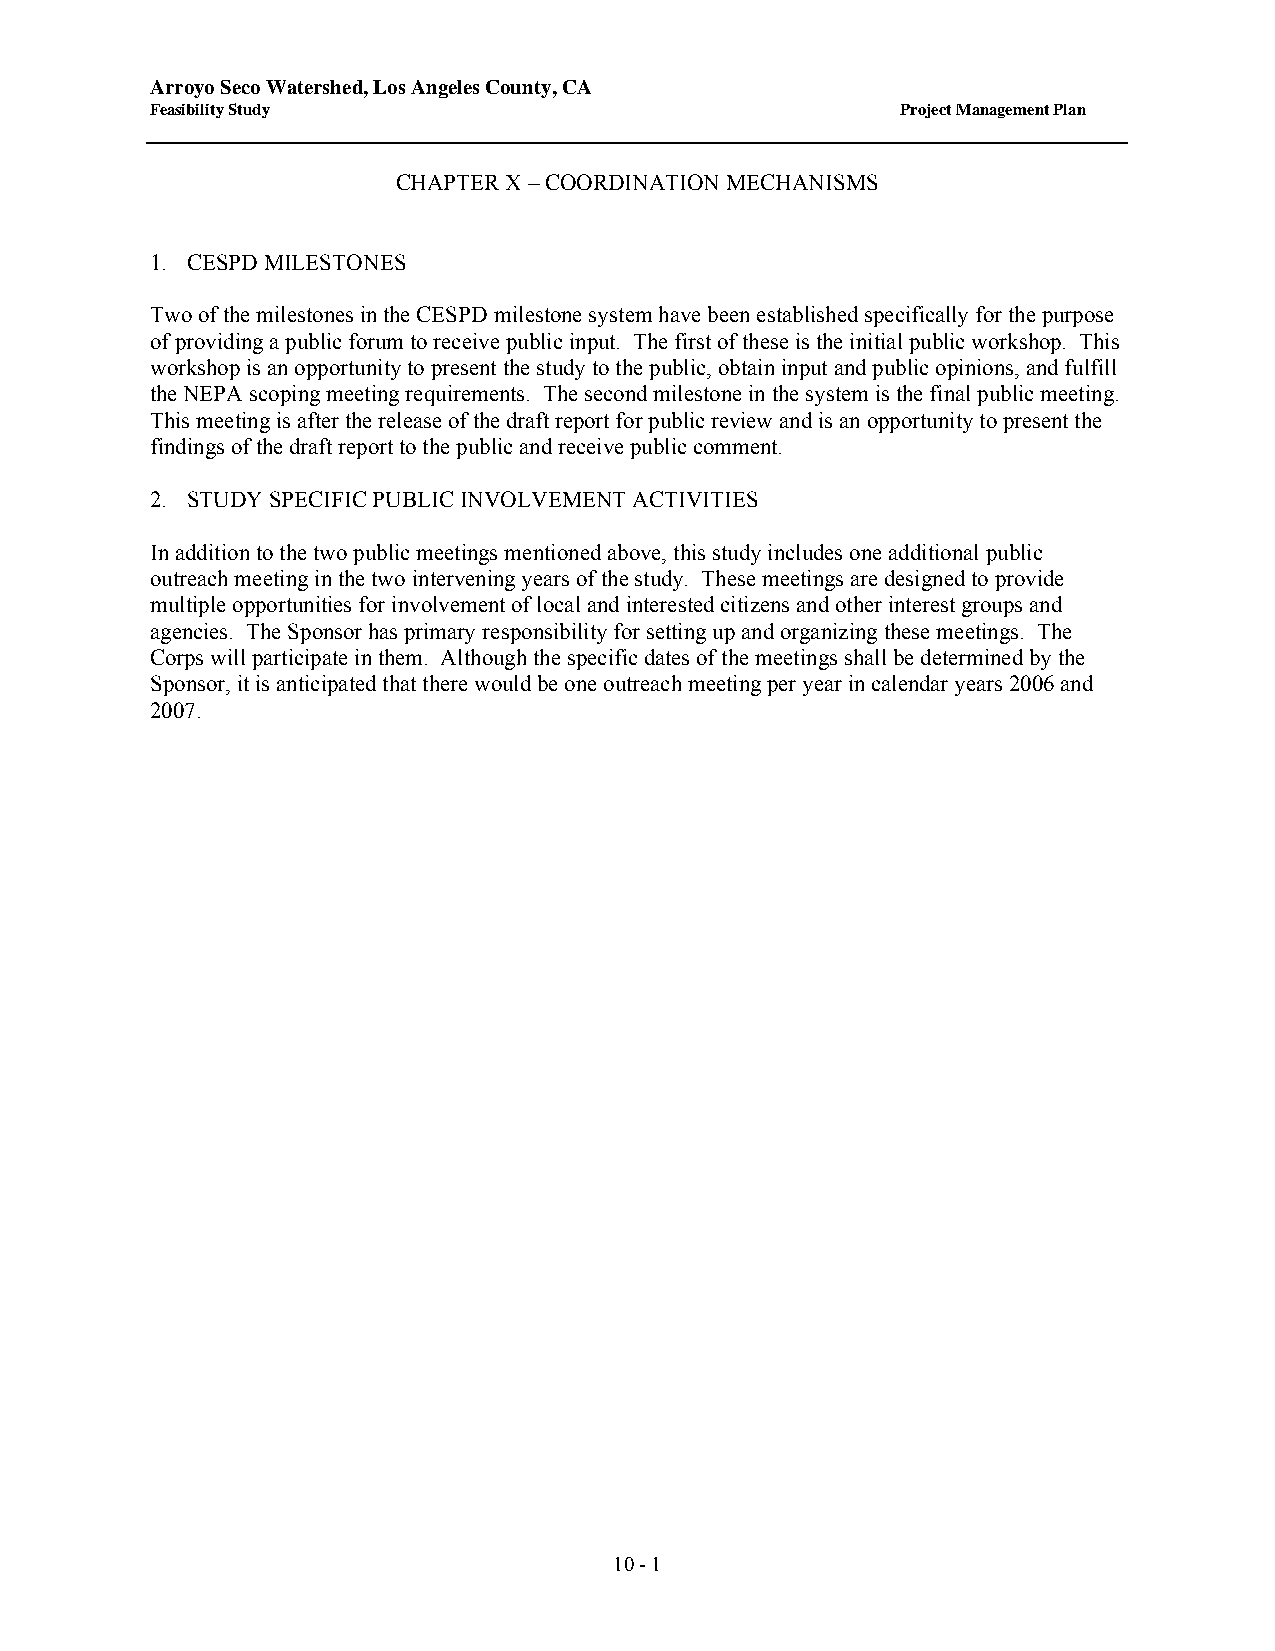
Arroyo Seco Watershed, Los Angeles County, CA
 Feasibility Study                                 Project Management Plan
 CHAPTER X – COORDINATION MECHANISMS
 1. CESPD MILESTONES
 Two of the milestones in the CESPD milestone system have been established specifically for the purpose
 of providing a public forum to receive public input. The first of these is the initial public workshop. This
 workshop is an opportunity to present the study to the public, obtain input and public opinions, and fulfill
 the NEPA scoping meeting requirements. The second milestone in the system is the final public meeting.
 This meeting is after the release of the draft report for public review and is an opportunity to present the
 findings of the draft report to the public and receive public comment.
 2. STUDY SPECIFIC PUBLIC INVOLVEMENT ACTIVITIES
 In addition to the two public meetings mentioned above, this study includes one additional public
 outreach meeting in the two intervening years of the study. These meetings are designed to provide
 multiple opportunities for involvement of local and interested citizens and other interest groups and
 agencies. The Sponsor has primary responsibility for setting up and organizing these meetings. The
 Corps will participate in them. Although the specific dates of the meetings shall be determined by the
 Sponsor, it is anticipated that there would be one outreach meeting per year in calendar years 2006 and
 2007.
 10 - 1